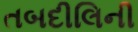
તબદીલિની